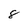
Character: 8